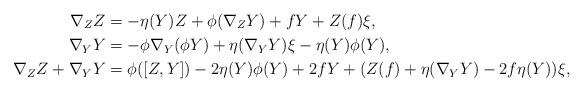
LaTeX: \begin{align*}\nabla_{Z} Z&=- \eta(Y) Z + \phi (\nabla_{Z} Y) + f Y + Z(f) \xi, \\\nabla_{Y} Y&=- \phi \nabla_{Y} (\phi Y) + \eta (\nabla_{Y} Y) \xi - \eta(Y) \phi (Y), \\\nabla_{Z} Z + \nabla_{Y} Y &=\phi ([Z, Y]) -2 \eta(Y) \phi (Y) +2 f Y + (Z(f)+ \eta(\nabla_{Y} Y) -2 f \eta (Y)) \xi, \end{align*}